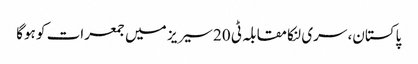
پاکستان، سری لنکا مقابلہ ٹی 20 سیریز میں جمعرات کو ہوگا